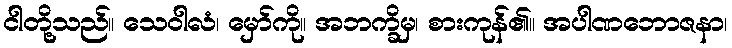
ငါတို့သည်။ သေဝါလံ၊ မှော်ကို။ အဘက္ခိမှ၊ စားကုန်၏။ အပါဏဘောဇနာ၊